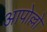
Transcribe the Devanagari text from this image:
आपोल्लो